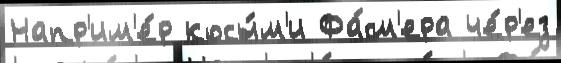
Напр'им'е́р косы́м'и Фа́см'ера че́р'ез